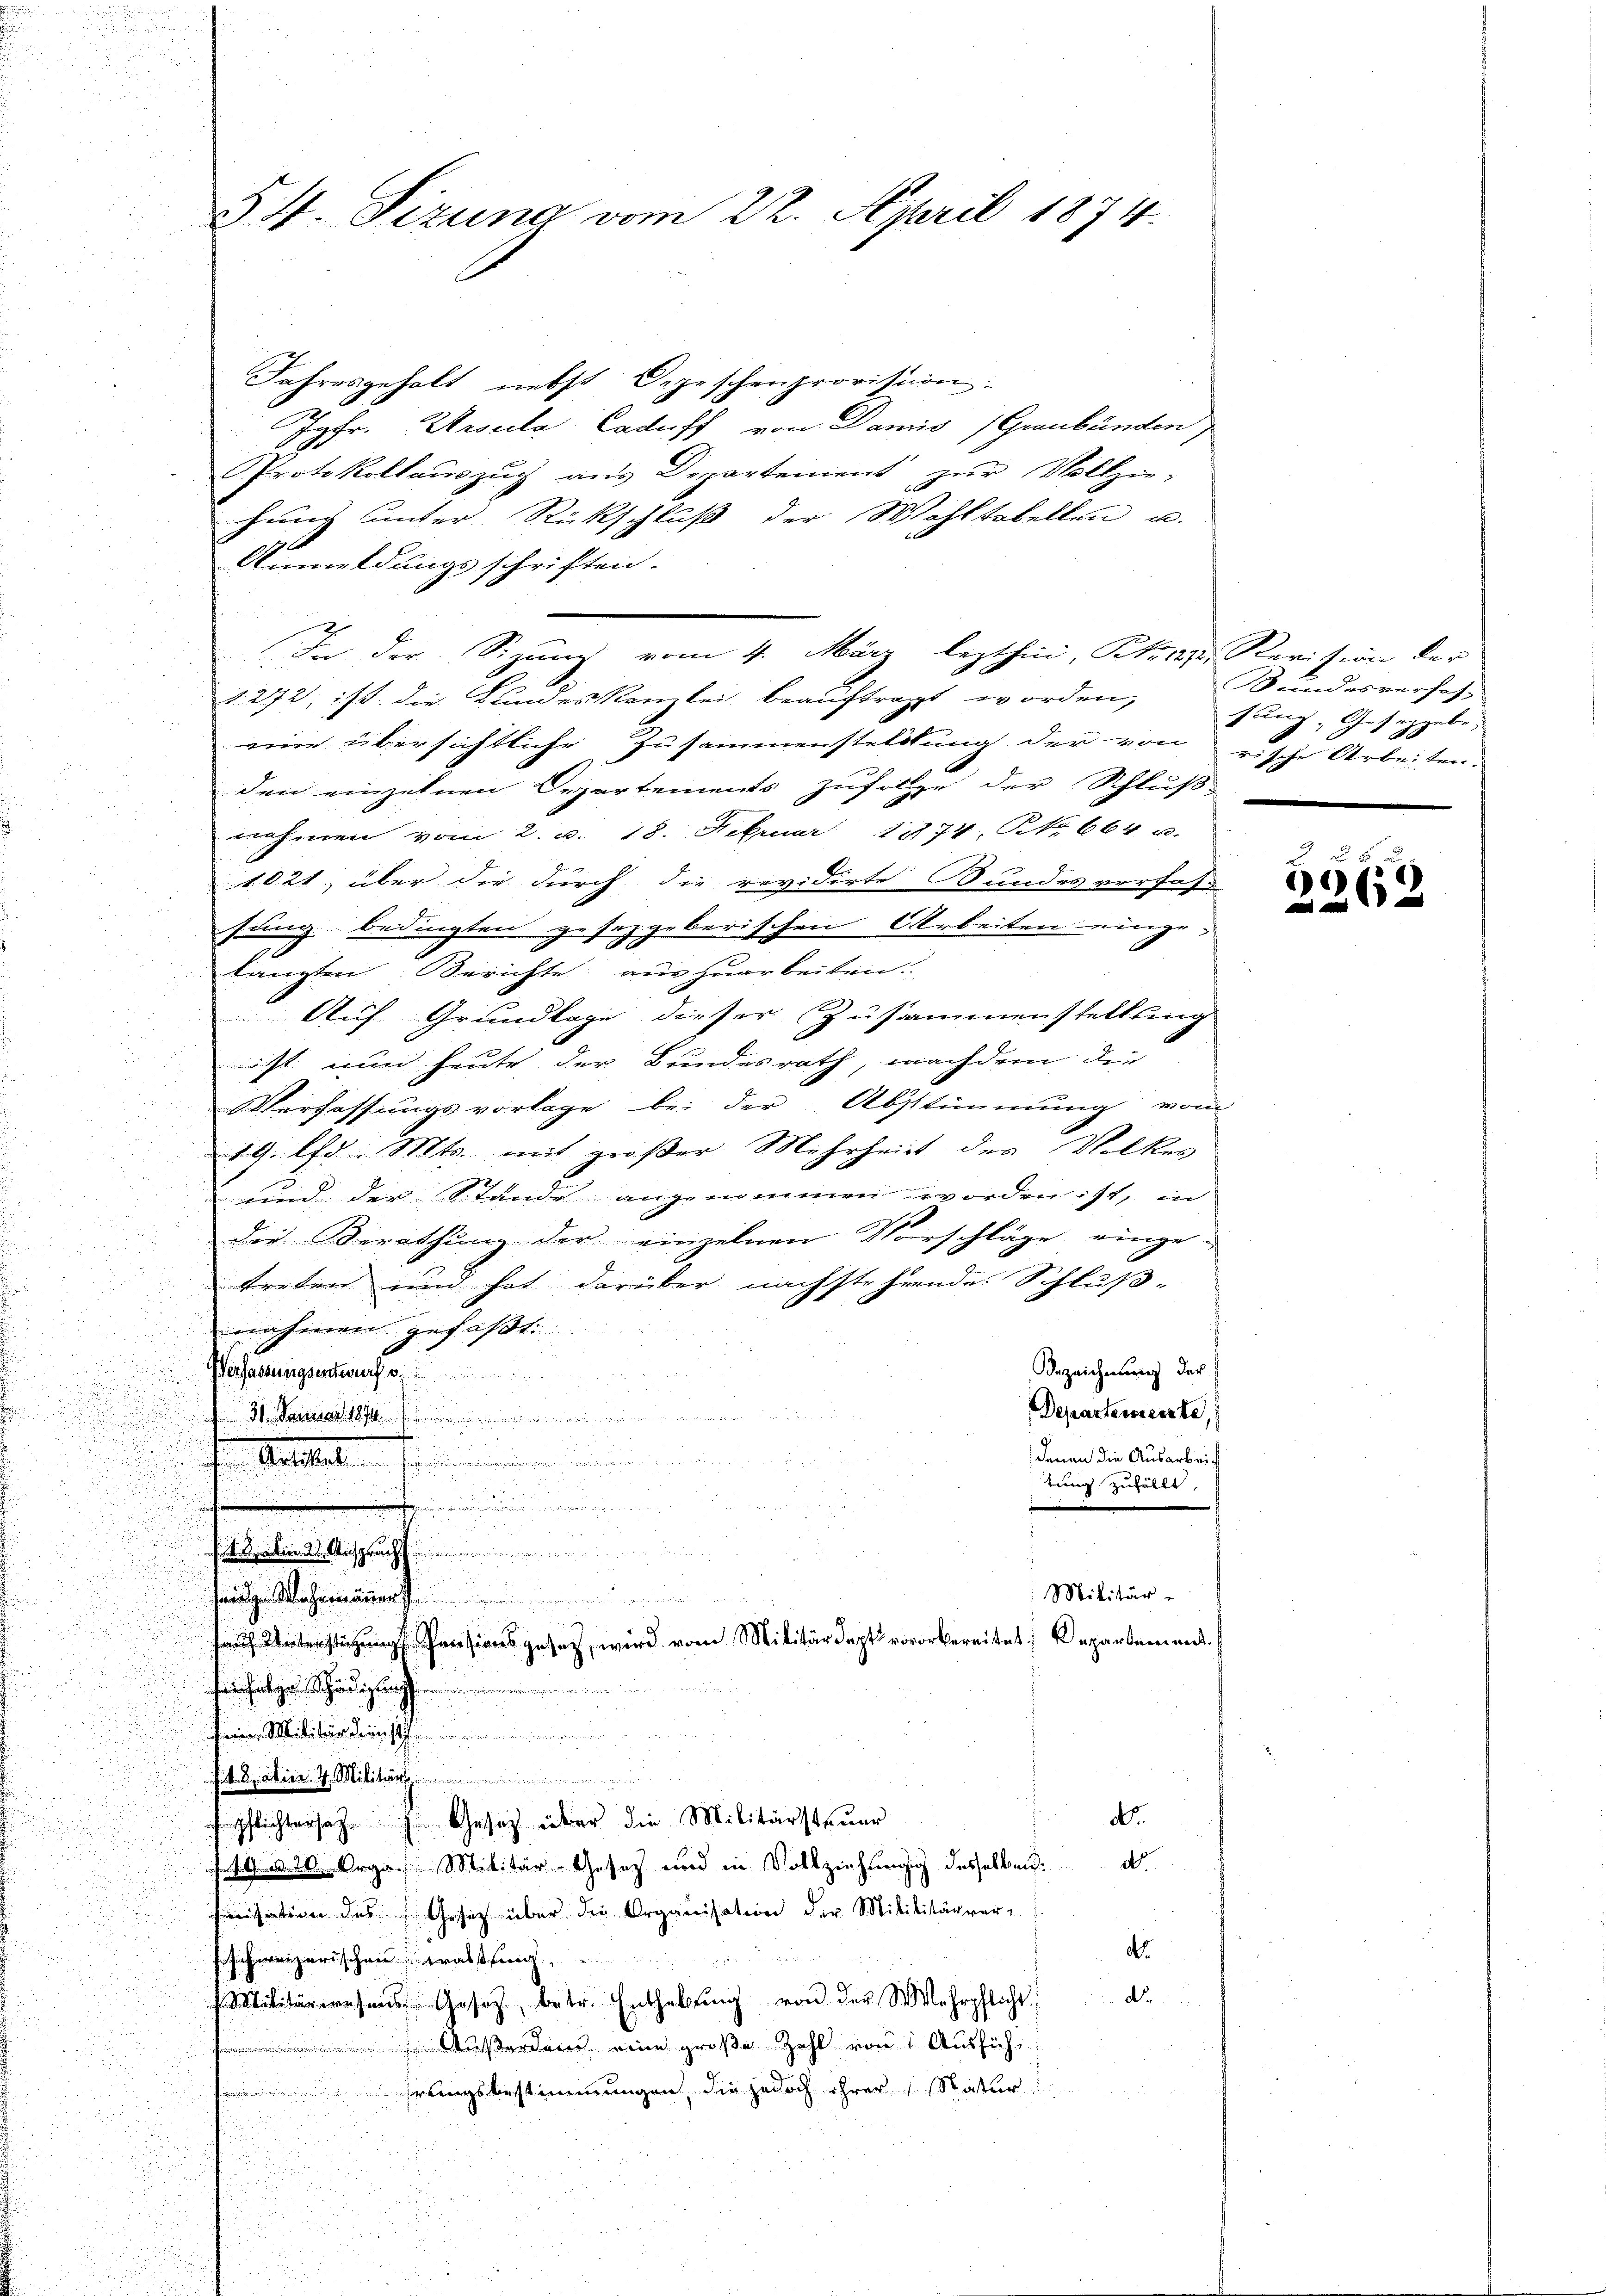
u

54. Tizuna vom 22. April 1874.

Jahresgeholt nebst Depeschenprovision.
Jgfr. Ursula Caduff von Damis (Graubünden
Protokollauszug aus Departement zŭr Vollzie-
hung unter Rückschluß der Wohltobellen u.
Anmeldungsschriften.
§ 272, ist die Kundeskanzlei beauftragt worden,
eine übersichtliche Zusammenstellung der von rische Arbeiten.
den einzelnen Departements zufolge der Schluß
nehmen vom 2. d. 18. Februar 1874. No. 664 u.
1021, über die durch die revidirte Bundes verfaß
sung bedingten gesezgeberischen Arbeiten einge-
langten. Berichte, am zuarbeiten.
Auf Grundlage dieser Zusammenstellung
ist nun heute der Bundesrath, nachdem der
Verfassungsvorlage bei der Abstimmung vom
19. lfd. Mts. mit großer Mehrheit des Volkes
und der Stande angenommen worden ist, in
der Berathung der einzelnen Vorschläge eingetreten und hat darüber nächstehende Schluß-
nahier gefaßt
Bezeichnung der
Verfassungsentwurf v
Departemente,
31. Januar 1891
2
denen die Ausarbeich
 . . . ..............
tung zufällt,

e

d
an
i
.
t. in 2. Mitsprach
d

Militär-
h

Unterst Pensionsgesezt, wird vom Militär bereitet Departement
.
d
Militär
. Satin 4. Militär
No.
pflichtersage in Gesetz über die Militärsteuer
d
1420. Orga. Militär-Gesetz und in Vollziehung desselben.
isation des Gesetz über die Organisation der Mililitärver-
d.
schweizerischen Kassing,

Militärere sans Gesetz, betr. Enthebŭng von der Wehrpflicht
 Außerden eine große Zahl von Ausfühs
hrungsbestimmungen, die jedoch ihrer Natur

In der Sizung vom 4. März lezthin, Plaz, Revision der

Bundesverhos
sung, Gesetzgebe.

2962